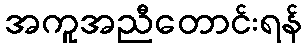
အကူအညီတောင်းရန်